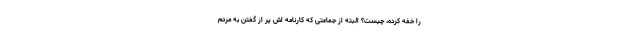
را خفه کرده، چیست؟ البته از جماعتی که کارنامه اش پر از گفتن به مردم